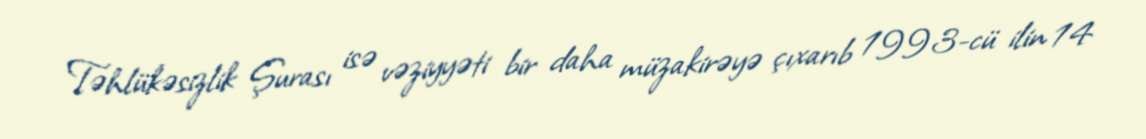
Təhlükəsizlik Şurası isə vəziyyəti bir daha müzakirəyə çıxarıb 1993-cü ilin 14